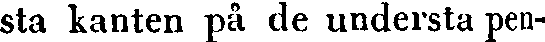
sta kanten på de understa pen-